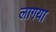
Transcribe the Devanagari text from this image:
लागया